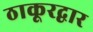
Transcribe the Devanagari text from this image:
ठाकूरद्वार